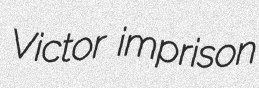
Victor imprison